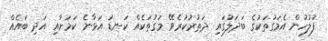
ފުލުހުން އެމަގުތަކުގެ ބަދަލުގައި ދަތުރުކުރެވޭ މަގުތަކެއް ކަނޑަ އަޅާނެ ކަމަށާއި އަދި ބައެއް